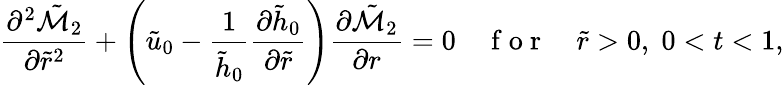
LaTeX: \frac{\partial^{2}\tilde{\mathcal{M}}_{2}}{\partial\tilde{r}^{2}}+\left(\tilde{u}_{0}-\frac{1}{\tilde{h}_{0}}\frac{\partial\tilde{h}_{0}}{\partial\tilde{r}}\right)\frac{\partial\tilde{\mathcal{M}}_{2}}{\partial r}=0\quad\mathrm{~f~o~r~}\quad\tilde{r}>0,\; 0<t<1,